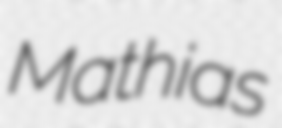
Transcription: Mathias